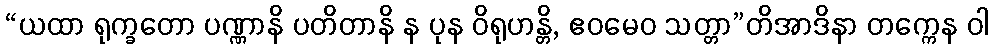
“ယထာ ရုက္ခတော ပဏ္ဏာနိ ပတိတာနိ န ပုန ဝိရုဟန္တိ, ဧဝမေဝ သတ္တာ”တိအာဒိနာ တက္ကေန ဝါ